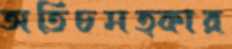
অতিচমত্কার